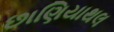
છાણિયાથલ